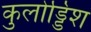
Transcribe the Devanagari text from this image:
कुलोड्डिश